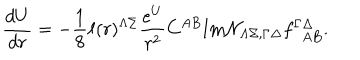
{ \frac { d U } { d r } } = - { \frac { 1 } { 8 } } \ell ( r ) ^ { \Lambda \Sigma } { \frac { e ^ { U } } { r ^ { 2 } } } C ^ { A B } \mathrm { I m } { \cal N } _ { \Lambda \Sigma , \Gamma \Delta } f _ { ~ ~ A B } ^ { \Gamma \Delta } .